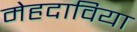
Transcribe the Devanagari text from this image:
मेहदाविया